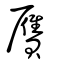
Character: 贗